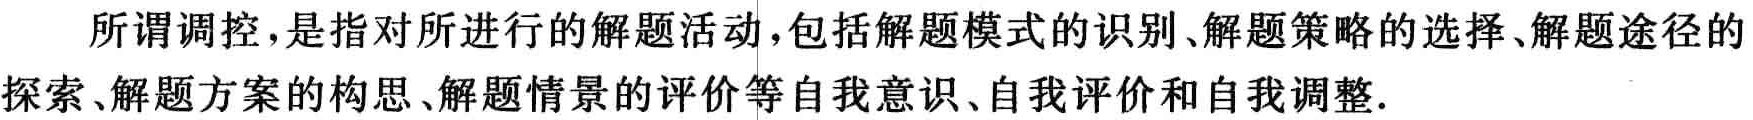
所谓调控，是指对所进行的解题活动，包括解题模式的识别、解题策略的选择、解题途径的探索、解题方案的构思、解题情景的评价等自我意识、自我评价和自我调整.